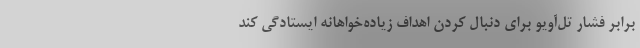
برابر فشار تل‌آویو برای دنبال کردن اهداف زیاده‌خواهانه ایستادگی کند